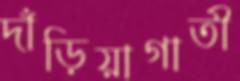
দাঁড়িয়াগাতী